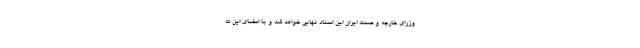
وزرای خارجه و صمت ایران این اسناد نهایی خواهد شد و با امضای این ت